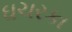
ઘચરકા